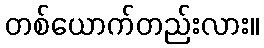
တစ်ယောက်တည်းလား။